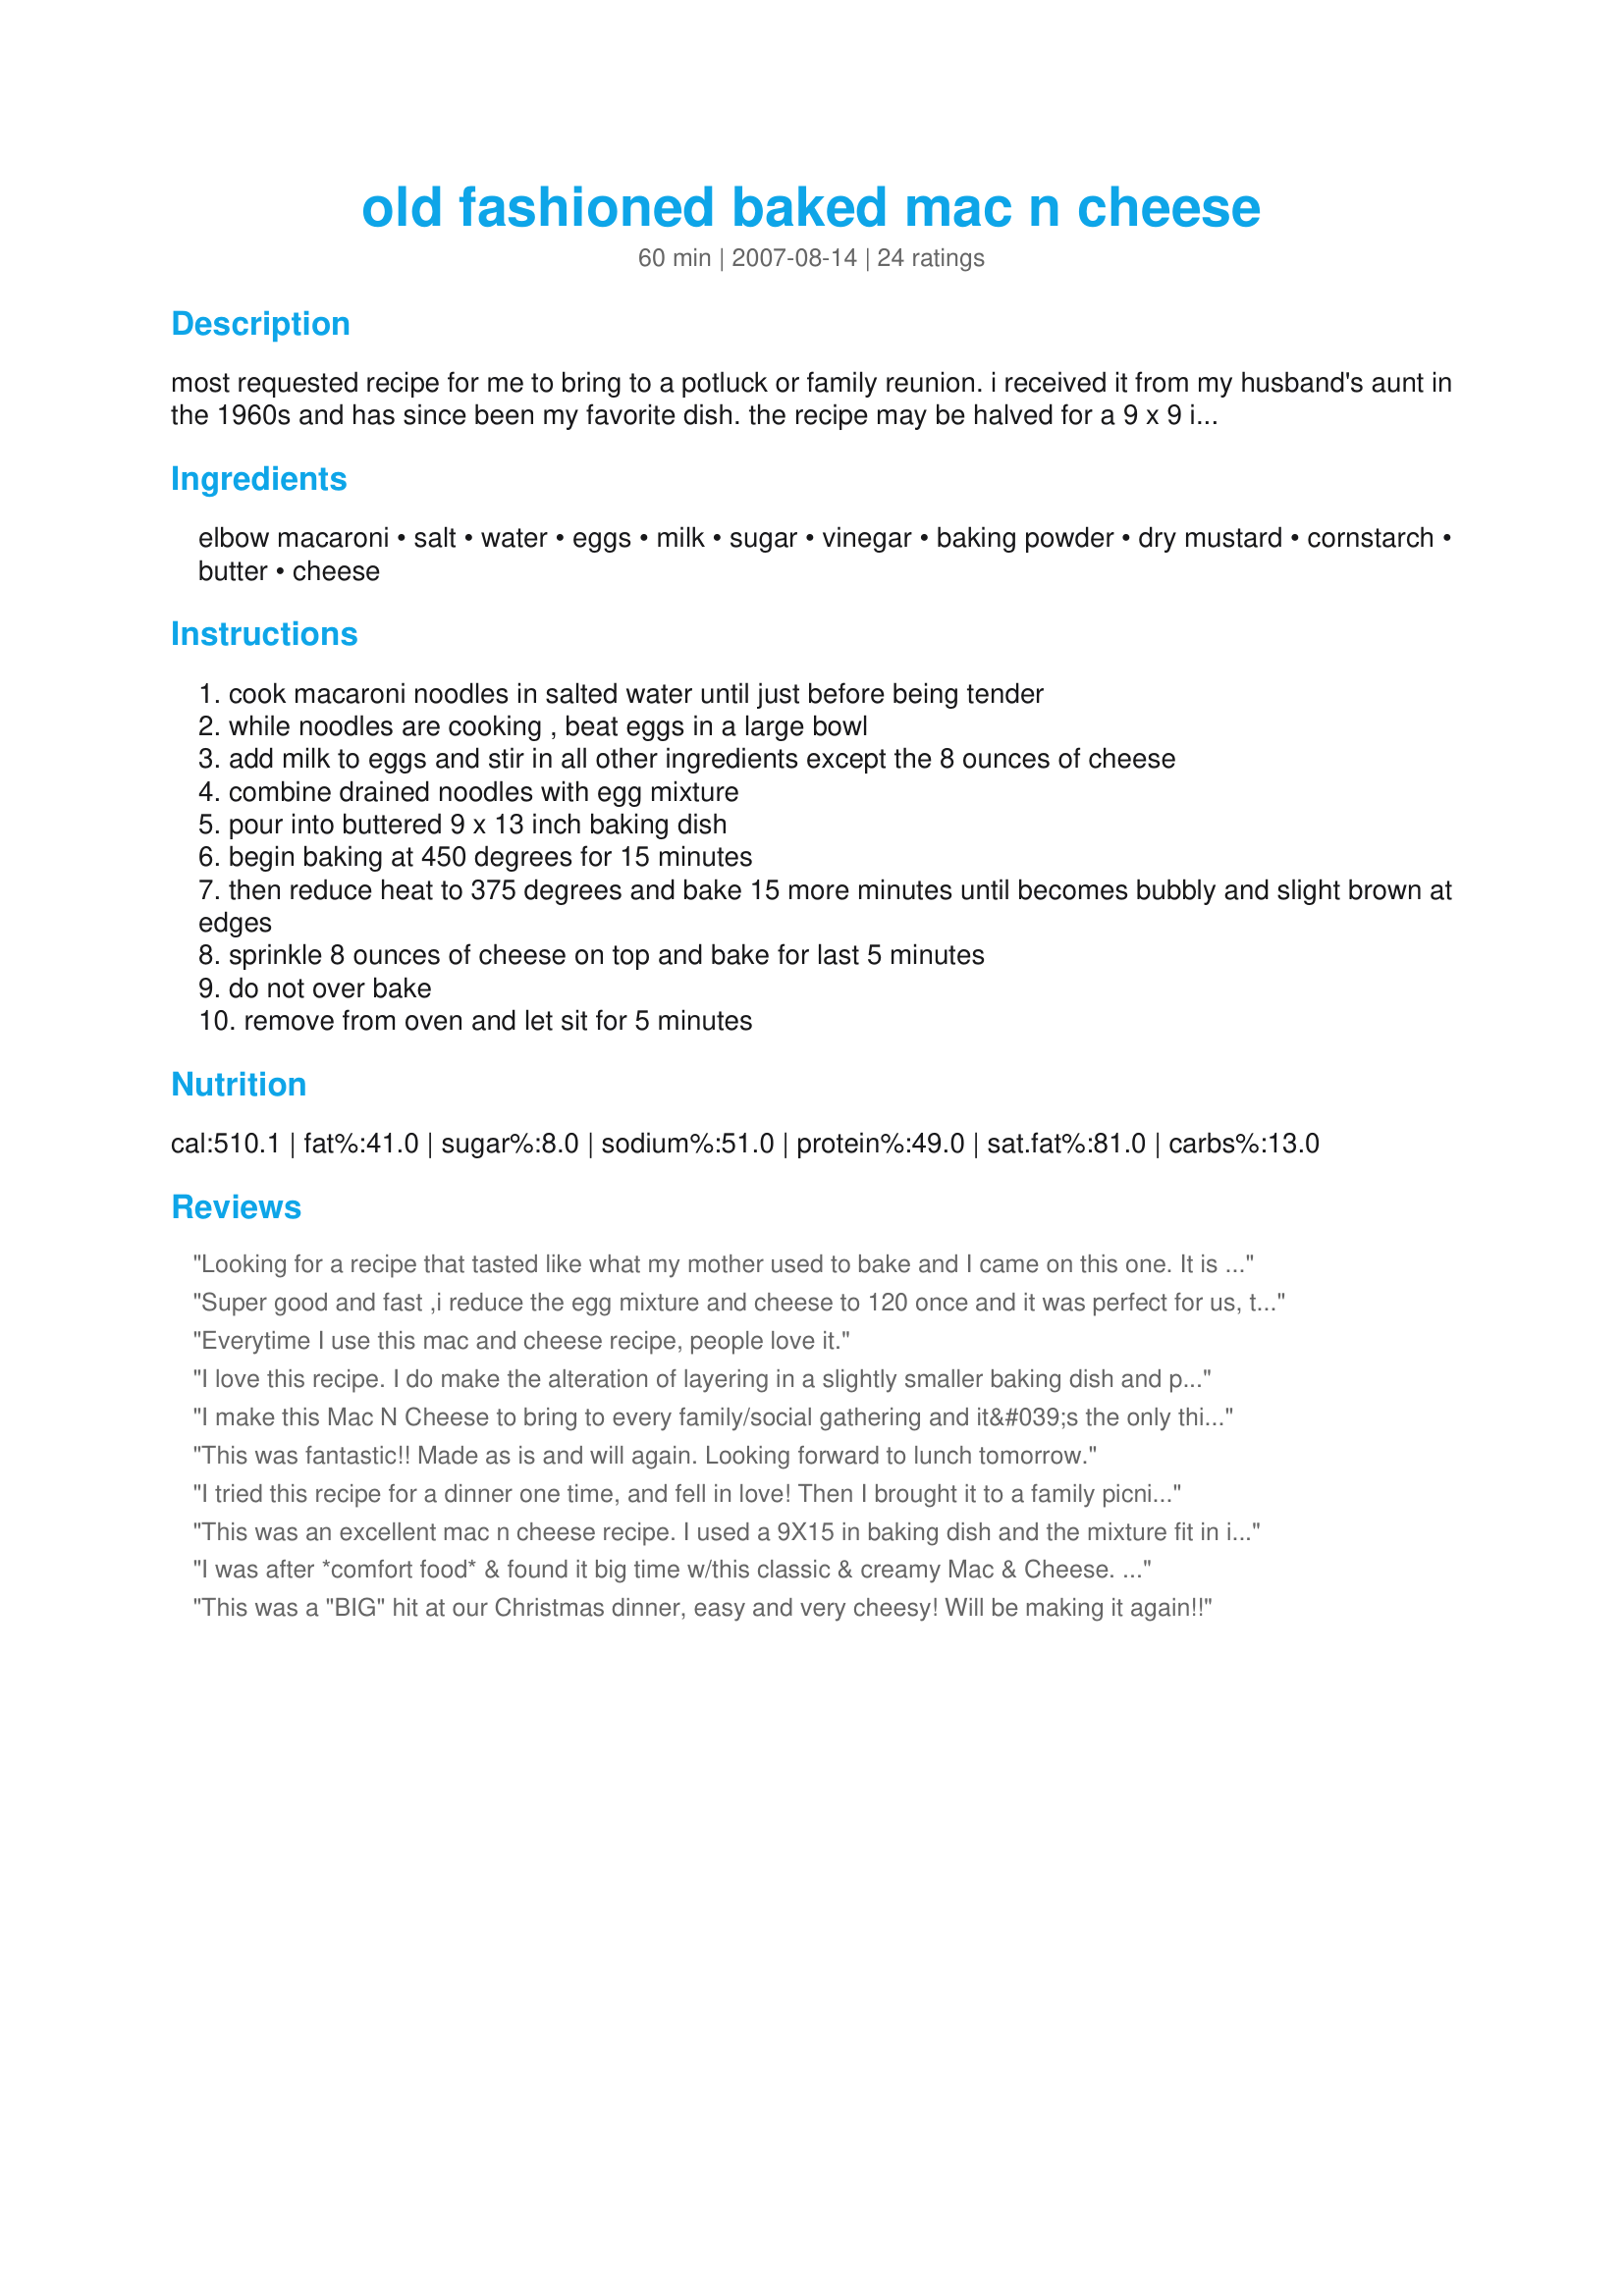
old fashioned baked mac n cheese
Preparation time: 60 minutes

most requested recipe for me to bring to a potluck or family reunion. i received it from my husband's aunt in the 1960s and has since been my favorite dish. the recipe may be halved for a 9 x 9 inch baking dish.

Ingredients:
elbow macaroni, salt, water, eggs, milk, sugar, vinegar, baking powder, dry mustard, cornstarch, butter, cheese

Steps:
cook macaroni noodles in salted water until just before being tender
while noodles are cooking , beat eggs in a large bowl
add milk to eggs and stir in all other ingredients except the 8 ounces of cheese
combine drained noodles with egg mixture
pour into buttered 9 x 13 inch baking dish
begin baking at 450 degrees for 15 minutes
then reduce heat to 375 degrees and bake 15 more minutes until becomes bubbly and slight brown at edges
sprinkle 8 ounces of cheese on top and bake for last 5 minutes
do not over bake
remove from oven and let sit for 5 minutes

Reviews:
Looking for a recipe that tasted like what my mother used to bake and I came on this one. It is outstanding. I have served it many times and every one has requested the recipe from me. I give Seasoned Chef all the honors. I have halved it for my husband and I. We both love it.
Super good and fast ,i reduce the egg mixture and cheese to 120 once and it was perfect for us, thanks alot
Everytime I use this mac and cheese recipe, people love it.
I love this recipe. I do make the alteration of layering in a slightly smaller baking dish and put the cheese on each layer. I use giant macaroni which allows the cheese and sauce to get into the noodles. I also use combination cheeses like Italian and or Mexican cheese mixes. I love it when it first comes out of the oven and love it even more the day after since we only have two in the house. Quick and easy to prepare.
I make this Mac N Cheese to bring to every family/social gathering and it&#039;s the only thing requested of me to ever bring out of anything I&#039;ve ever made for anything. Everyone LOVES this mac N cheese. It&#039;s hands down my personal favorite mac N cheese I myself have ever had. Thanks for the share. Been making this for a few years now :)
This was fantastic!! Made as is and will again. Looking forward to lunch tomorrow.
I tried this recipe for a dinner one time, and fell in love! Then I brought it to a family picnic and ever since I have been requested to bring this to EVERY family function. It is THE best mac 'n cheese I've ever had! Thanks for sharing this recipe.
This was an excellent mac n cheese recipe. I used a 9X15 in baking dish and the mixture fit in it perfectly. I also broiled it for a few minutes to brown the top and get a little crunch. It was simple and delicious. Thank you Seasoned. I will never use a different mac n cheese recipe again.
I was after *comfort food* & found it big time w/this classic & creamy Mac & Cheese. I halved the recipe, made as written & baked it in a 7x11-in baking dish (slightly larger than the 9x9-in suggested, but it was filled to the top). I found it in need of salt & pepper, but know that is a maatter of pers pref. I served it w/a sml hamb steak well-seasoned w/Montreal Steak Seasoning & topped w/caramelized onions for 1 of the most satisfying comfort food meals I can recall. *Yum* ! Thx for sharing this great recipe w/us. :-)
This was a "BIG" hit at our Christmas dinner, easy and very cheesy! Will be making it again!!
Whole wheat pasta worked very well with this Mac N Cheese! My DS's LOVED it and so did DH and I! We had it with some hot dogs and burgers off the grill, and it was really enjoyed!
Hands down this recipe is the best mac and cheese that I have ever tried. It's the BOM DOT.COM!!! Don't be afraid to try this because of the vinegar or the sugar it works out perfectly. I jus added some cayene pepper and salt and da husband LOVED it. Will be adding this to my cookbook....
Thank you for sharing this recipe with us Seasoned Cook. Delicious Mac N Cheese recipe! Brought me back to childhood with every mouthful, and put a smile on my face with each one. Everyone else loved it too. I did use whole wheat pasta, but other than that made as posted. Debbie
Took this dish to a lake cook-out. It was a huge hit. Followed the recipe to the letter with one exception...dusted with finely crushed cheez-its when sprinkling the cheese on top for the last 5 minutes of baking. It really crisped up the top. Comfort food at it's best. Thanks for posting.
My son didn't care for this. It wasn't creamy enough.
l am an a french lrish british columbian who loves pasta
I made this on Father&#039;s day for some good old fashioned comfort food as a side with some BBQ. It was really delicious. Had a nice texture. You could cut it into squares if you like or just spoon it out. I baked 1/2 in a 8x8 and the other have in an aluminum to go pan for my eldest daughter to take home and re-heat for her family the next day. I don&#039;t know about her, but my leftover was even better the next day! Tonight, I&#039;m trying the same recipe with some steamed cauliflower instead of the macaronni noodles since I&#039;m back to eating low carb. :)
So quick and easy to do and very satisfying to eat - I used wholemeal noodles with a fine result. Also I did not use as much milk and added a few sundried tomatoes that were on their last legs . DS aged 22 has eaten this for 3 meals running !! Thanks for posting .
Awesome recipe!!!! Never made baked mac n cheese and my kids don&#039;t usually like anything but the boxed stuff. This was a great hit for a bbq!!!! Easy to make and not a lot of time to prep. I used sharp cheddar cheese and it was great. Thanks
This has now became our family favorite! Most requested dish to bring to family gatherings. The best Mac N Cheese recipe I&#039;ve found. Truly comforting. My sister and brother-in-law just came back from an Asian tour and this is what they requested as their #1 home coming food item. Thank you so much for sharing it!!! I pass it along so others can enjoy this All-American classic. Thank you again for bringing cheesy happiness to our family table!:)))) **Wish I could give it more than 5 stars!**
Need help the 2qt water is that for cooking the noodles or need to be added with the other ingredients
Pretty good. But who lists the pasta cooking water as an ingredient?? It was a little salty, and I think now that maybe the salt was for cooking the pasta. Kind of misleading. Turned out well, though; served for New Year's Eve party.
I have been searching for a MAC
This may be the CHEESIEST, and I loved the touch of butter. It's super easy as well. I'm not a big Mac and Cheese fan, but I loved it with sharp cheddar cheese, and I am positive my MIL will adore it. DH said it was a five, and ate half the portion shown in my photo before we headed out for dinner. Thanks for posting this recipe Seasoned Cook! Made for Top Favorites of 2008 Tag based on twissis's recommendation.
